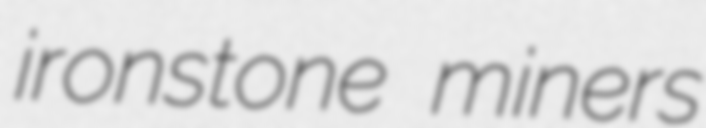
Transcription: ironstone miners